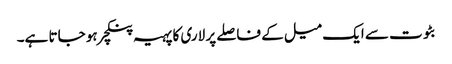
بٹوت سے ایک میل کے فاصلے پر لاری کا پہیہ پنکچر ہو جاتا ہے۔